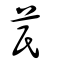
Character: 芪